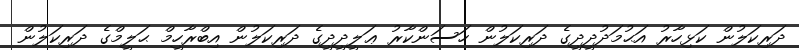
ދަރިކަލުން ކަޅިހާރު އަޙުމަދުދީދީގެ ދަރިކަލުން ހަސަންކާރު ޢަލީދީދީގެ ދަރިކަލުން އިބްރާހީމް ޙަލީމްގެ ދަރިކަލުން